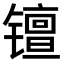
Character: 𫔑